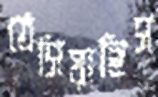
ঠেসিয়াছিস